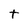
Character: t